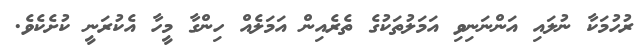
ރުހުމަކާ ނުލައި އަންނަނިވި އަމަލުތަކުގެ ތެރެއިން އަމަލެއް ހިންގާ މީހާ އެކުރަނީ ކުށެކެވެ.